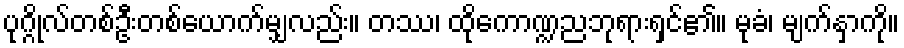
ပုဂ္ဂိုလ်တစ်ဦးတစ်ယောက်မျှလည်း။ တဿ၊ ထိုကောဏ္ဍညဘုရားရှင်၏။ မုခံ၊ မျက်နှာကို။